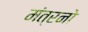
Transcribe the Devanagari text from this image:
मंत्रनो